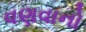
વણવાનો